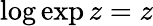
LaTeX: \log\exp z=z